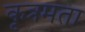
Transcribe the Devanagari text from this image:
कृत्रमता